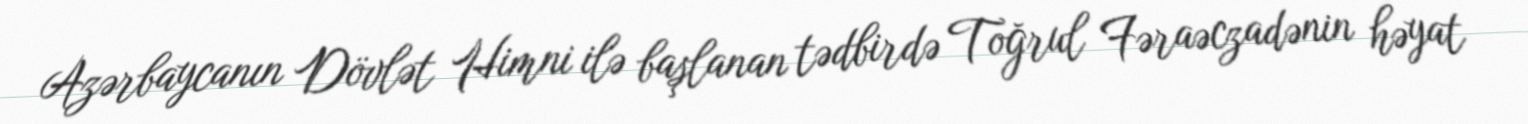
Azərbaycanın Dövlət Himni ilə başlanan tədbirdə Toğrul Fəraəczadənin həyat